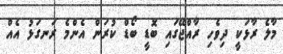
މާލެ ރާޅަކީ ދިވެހި ރާއްޖޭގައި ބޮޑީ ބޯޑް ކުރަން އެންމެ ރަނގަޅު އެއް